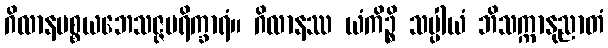
ဂိလာနပစ္စယဘေသဇ္ဇပရိက္ခာရံ။ ဂိလာနဿ ယံကိဉ္စိ သပ္ပါယံ ဘိသက္ကာနုညာတံ